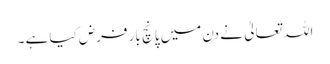
اللہ تعالیٰ نے دن میں پانچ بار فرض کیا ہے ۔